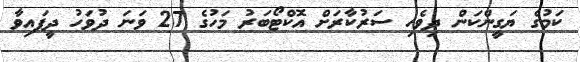
ކަމުގެ ޔަގީންކަން ދިވެހި ސަރުކާރަށް އޮކްޓޯބަރު މަހުގެ 27 ވަނަ ދުވަހު ދީފަައިވާ